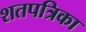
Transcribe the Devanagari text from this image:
शतपत्रिका